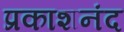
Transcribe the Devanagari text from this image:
प्रकाशनंद